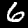
Digit: 6